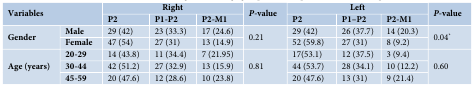
<table><thead><tr><td rowspan="2" colspan="2"><b>Variables</b></td><td colspan="3"><b>Right</b></td><td rowspan="2"><b><i>P-</i>value</b></td><td colspan="3"><b>Left</b></td><td rowspan="2"><b><i>P-</i>value</b></td></tr><tr><td><b>P2</b></td><td><b>P1-P2</b></td><td><b>P2-M1</b></td><td><b>P2</b></td><td><b>P1–P2</b></td><td><b>P2-M1</b></td></tr></thead><tbody><tr><td rowspan="2"><b>Gender</b></td><td><b>Male</b></td><td>29 (42)</td><td>23 (33.3)</td><td>17 (24.6)</td><td rowspan="2">0.21</td><td>29 (42)</td><td>26 (37.7)</td><td>14 (20.3)</td><td rowspan="2">0.04<sup>*</sup></td></tr><tr><td><b>Female</b></td><td>47 (54)</td><td>27 (31)</td><td>13 (14.9)</td><td>52 (59.8)</td><td>27 (31)</td><td>8 (9.2)</td></tr><tr><td rowspan="3"><b>Age (years)</b></td><td><b>20-29</b></td><td>14 (43.8)</td><td>11 (34.4)</td><td>7 (21.95)</td><td rowspan="3">0.81</td><td>17(53.1)</td><td>12 (37.5)</td><td>3 (9.4)</td><td rowspan="3">0.60</td></tr><tr><td><b>30-44</b></td><td>42 (51.2)</td><td>27 (32.9)</td><td>13 (15.9)</td><td>44 (53.7)</td><td>28 (34.1)</td><td>10 (12.2)</td></tr><tr><td><b>45-59</b></td><td>20 (47.6)</td><td>12 (28.6)</td><td>10 (23.8)</td><td>20 (47.6)</td><td>13 (31)</td><td>9 (21.4)</td></tr></tbody></table>